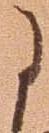
に